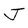
Character: J